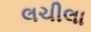
લચીલા